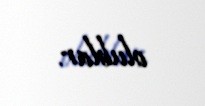
olublar.